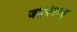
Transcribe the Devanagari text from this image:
जसवंतगढ़